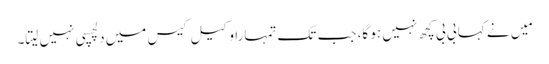
مَیں نے کہا بی بی کچھ نہیں ہو گا، جب تک تمہارا وکیل کیس میں دلچسپی نہیں لیتا۔